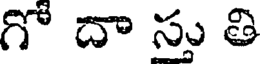
గో దా స్తు తి